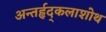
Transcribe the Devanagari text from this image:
अन्तर्हृद्कलाशोथ